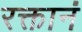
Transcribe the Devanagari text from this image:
रक्तानं